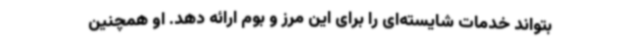
بتواند خدمات شایسته‌ای را برای این مرز و بوم ارائه دهد.‌ او همچنین